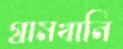
গ্রামখানি